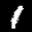
Label: 1